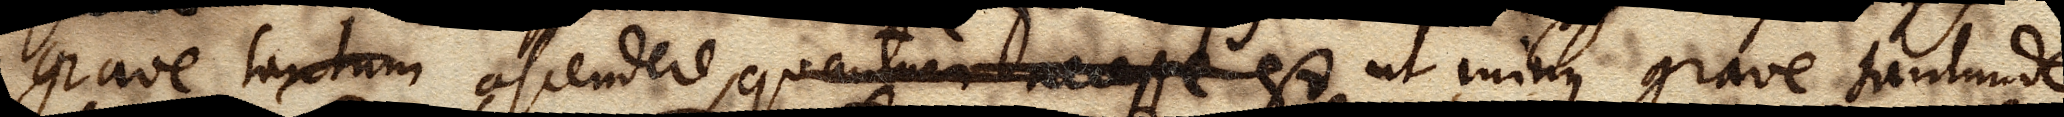
grave tantum ascendere, quantum necesse est ut minus grave tantumdem